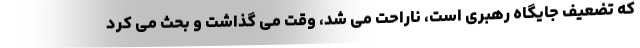
که تضعیف جایگاه رهبری است، ناراحت می شد، وقت می گذاشت و بحث می کرد